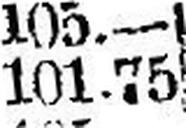
101.75